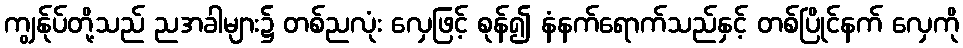
ကျွန်ုပ်တို့သည် ညအခါများ၌ တစ်ညလုံး လှေဖြင့် စုန်၍ နံနက်ရောက်သည်နှင့် တစ်ပြိုင်နက် လှေကို